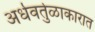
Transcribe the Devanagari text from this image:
अर्धवर्तुळाकारात